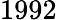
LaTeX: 1992